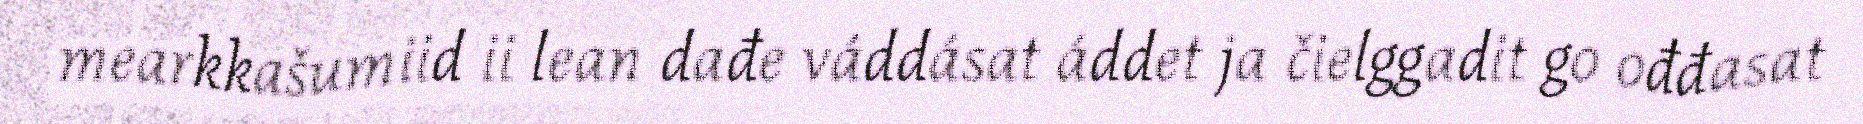
mearkkašumiid ii lean dađe váddásat áddet ja čielggadit go ođđasat